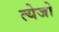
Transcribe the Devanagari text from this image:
त्येजो